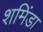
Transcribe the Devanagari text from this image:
शमिंडा